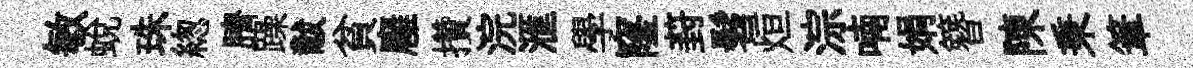
敏蛻珠緫臍躁黻貧廱攢浣滙學窿葑髫烜淙喃娟簪陳秉筆